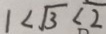
1 < \sqrt { 3 } < 2